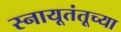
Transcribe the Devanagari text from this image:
स्नायूतंतूच्या